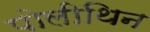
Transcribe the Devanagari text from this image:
पोलीथिन